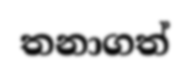
තනාගත්